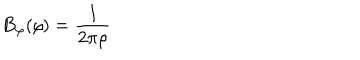
B _ { \varphi } ( \rho ) = \frac { I } { 2 \pi \rho }